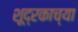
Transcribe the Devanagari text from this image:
शूद्रकाच्या